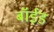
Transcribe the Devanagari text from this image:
बॉईड